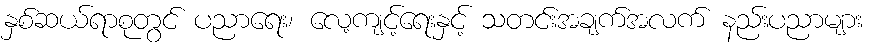
နှစ်ဆယ်ရာစုတွင် ပညာရေး၊ လေ့ကျင့်ရေးနှင့် သတင်းအချက်အလက် နည်းပညာများ